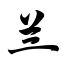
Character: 兰